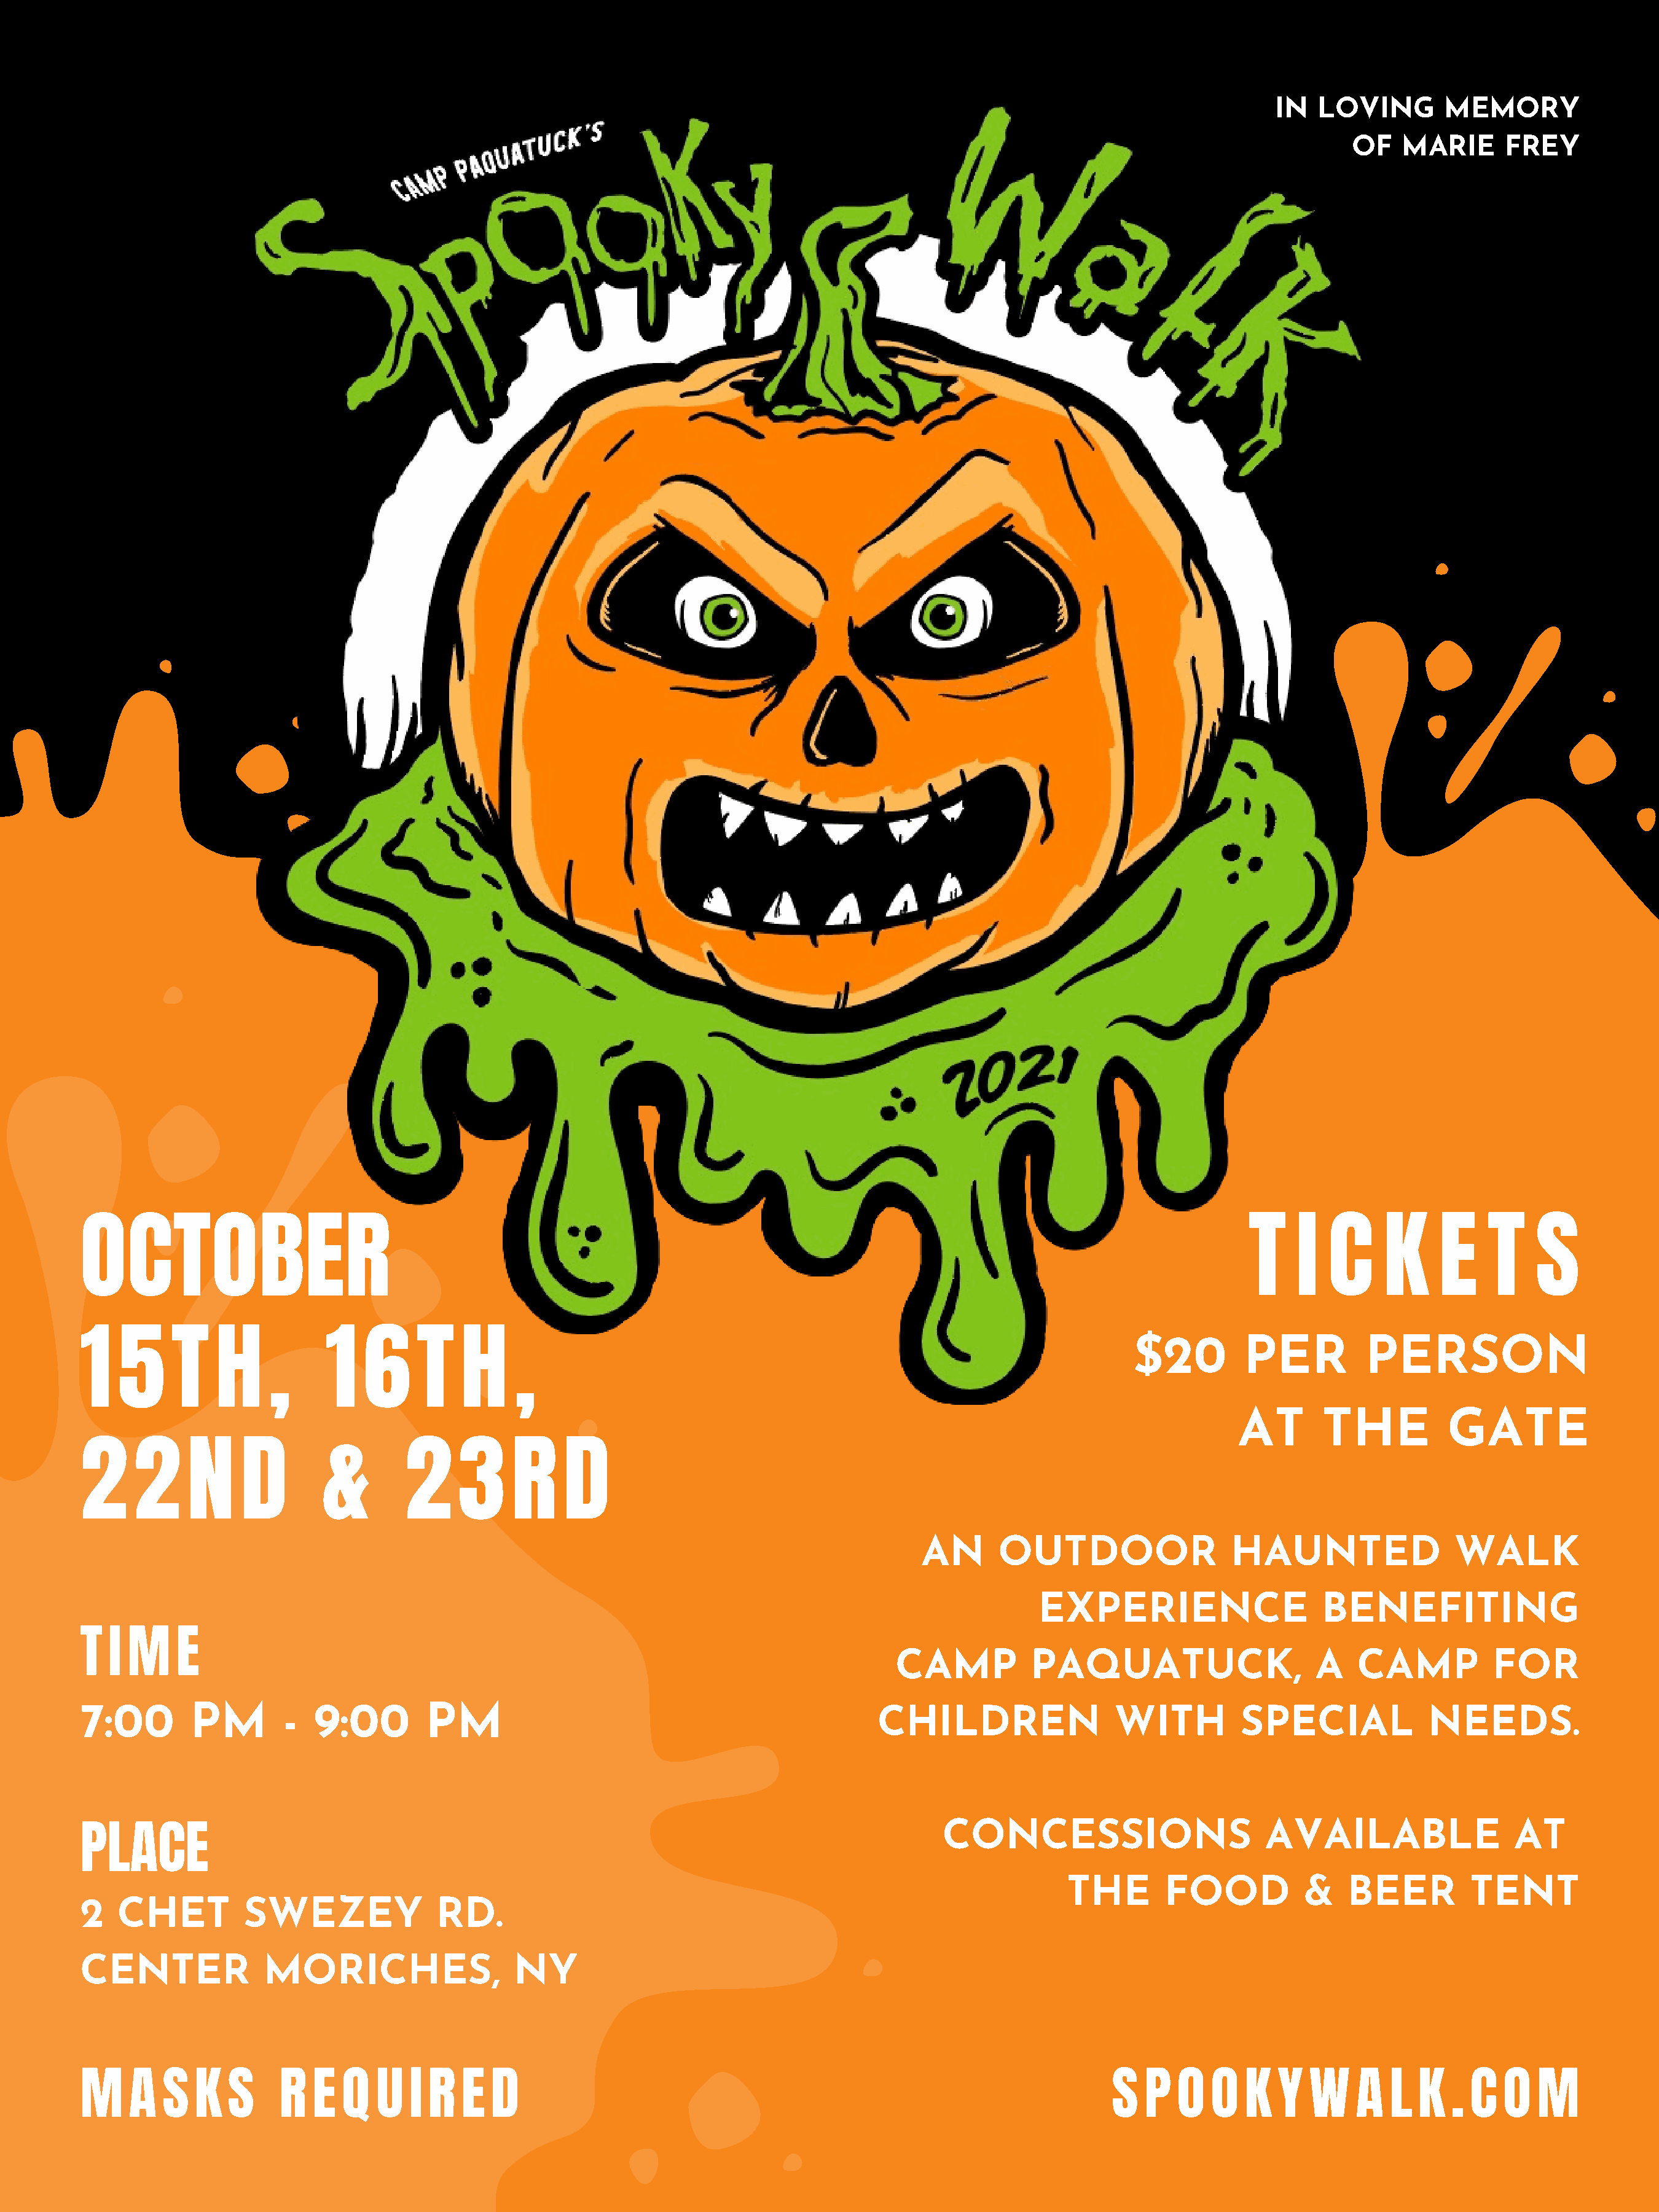
IN   LOVING        MEMORY
 OF   MARIE      FREY
 OCTOBER                                                                                                                       T    I  C     K     E    T    S
 $20         PER          PERSON
 1   5    T    H     ,     1   6     T    H    ,
 AT       THE           GATE
 2    2     N     D        &        2    3     R     D
 AN       OUTDOOR                  HAUNTED                 WALK
 EXPERIENCE                    BENEFITING
 T  I M    E
 CAMP           PAQUATUCK,                     A   CAMP           FOR
 7:00       PM        -   9:00        PM                                               CHILDREN                 WITH          SPECIAL             NEEDS.
 CONCESSIONS                       AVAILABLE                  AT
 PLACE
 THE       FOOD           &    BEER         TENT
 2   CHET         SWEZEY               RD.
 CENTER             MORICHES,                  NY
 M    A  S   K   S    R   E  Q   U  I R   E  D                                                                  S  P   O  O   K   Y  W    A   L  K  . C   O   M